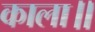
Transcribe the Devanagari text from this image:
काला॥